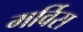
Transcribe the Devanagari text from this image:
मर्विस